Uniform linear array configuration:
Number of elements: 16
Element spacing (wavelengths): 0.75
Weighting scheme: exponential
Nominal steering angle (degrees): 30
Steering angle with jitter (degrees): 29.342
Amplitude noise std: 0.05
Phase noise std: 0.05

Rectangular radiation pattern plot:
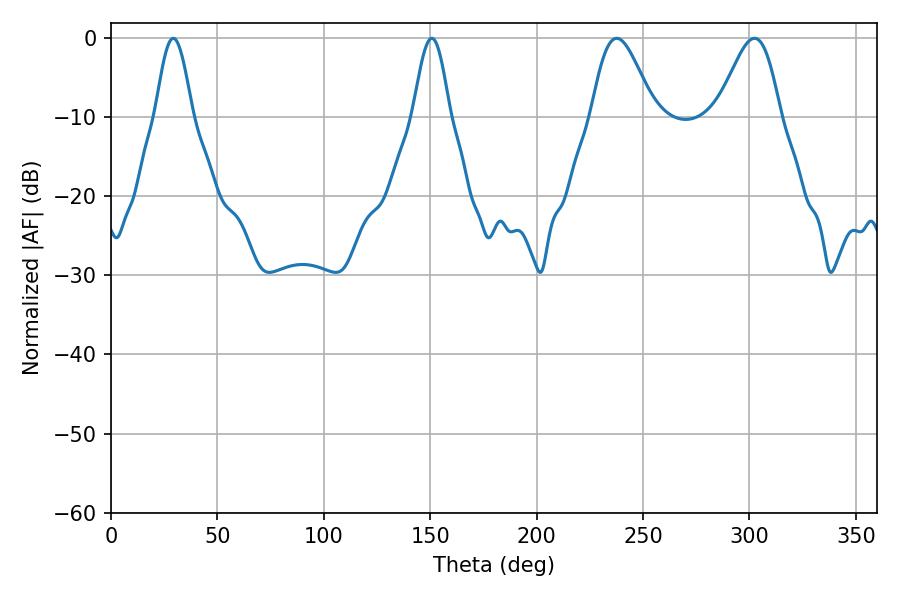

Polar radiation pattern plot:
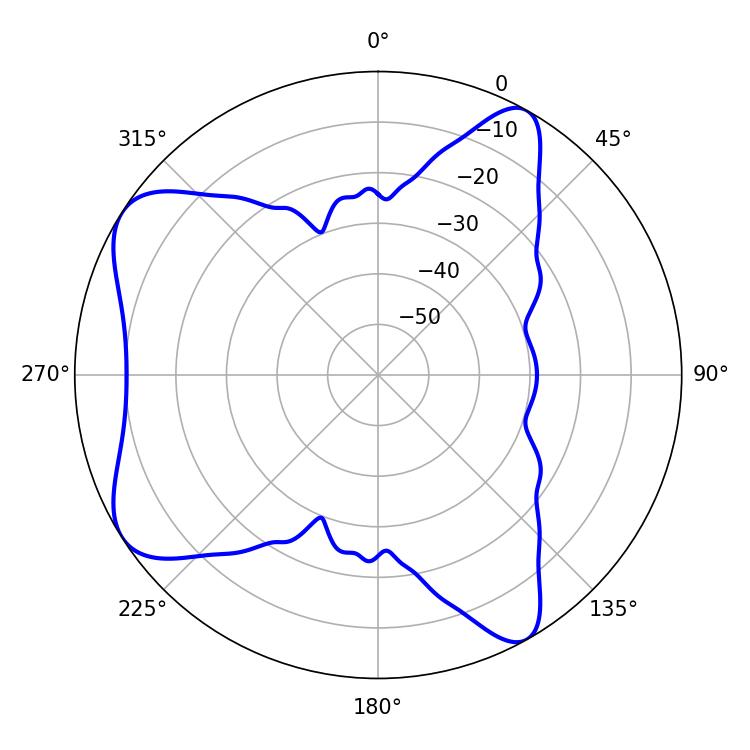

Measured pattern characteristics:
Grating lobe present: TRUE
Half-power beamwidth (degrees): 15.66
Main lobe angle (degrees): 237.6